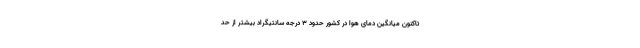
تاکنون میانگین دمای هوا در کشور حدود ۳ درجه سانتیگراد بیشتر از حد